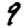
Digit: 9